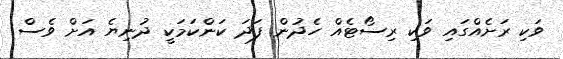
ވަކި ރަށެއްގައި ވަކި ރިސޯޓެއް ހެދުން ފަދަ ކަންކަމަކީ ދުނިޔެ އަށް ވެސް